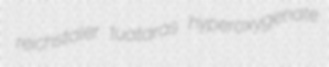
reichstaler tuataras hyperoxygenate